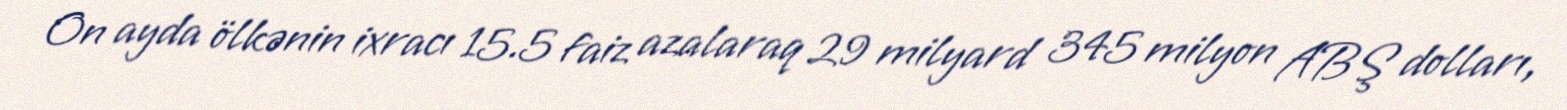
On ayda ölkənin ixracı 15.5 faiz azalaraq 29 milyard 345 milyon ABŞ dolları,